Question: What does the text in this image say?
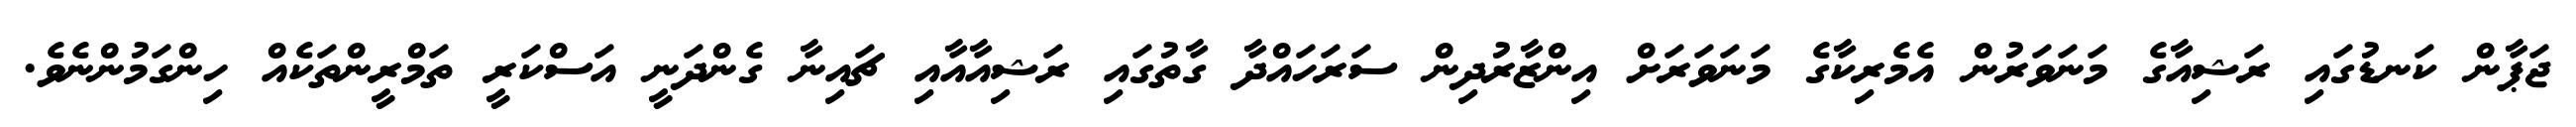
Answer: ޖަޕާން ކަނޑުގައި ރަޝިއާގެ މަނަވަރުން އެމެރިކާގެ މަނަވަރަށް އިންޒާރުދިން ސަރަހައްދާ ގާތުގައި ރަޝިއާއާއި ޗައިނާ ގެންދަނީ އަސްކަރީ ތަމްރީންތަކެއް ހިންގަމުންނެވެ.